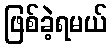
ဖြစ်ခဲ့ရမယ်